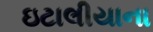
ઇટાલીયાના